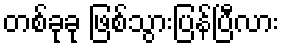
တစ်ခုခု ဖြစ်သွားပြန်ပြီလား